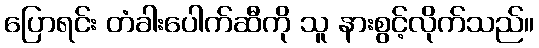
ပြောရင်း တံခါးပေါက်ဆီကို သူ နားစွင့်လိုက်သည်။